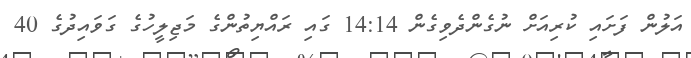
އަލުން ފަށައި ކުރިއަށް ނުގެންދެވިގެން 14:14 ގައި ރައްޔިތުންގެ މަޖިލީހުގެ ގަވައިދުގެ 40